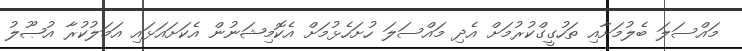
މައްސަލަ ބެލުމަށާއި ތަހުގީގްކުރުމަށް އެދި މައްސަލަ ހުށަހެޅުމަށް އެކޮމިޝަނުން އެކަށައަޅައި އަމަލުކުރާ އުޞޫލު